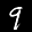
Label: 9